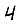
Digit: 4